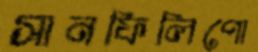
সানফিলিপো